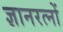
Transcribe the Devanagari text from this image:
ज्ञानरत्नों